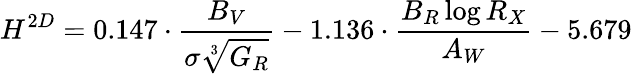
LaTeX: {H^{2D}=0.147\cdot\frac{B_{V}}{\sigma\sqrt[3]{G_{R}}}-1.136\cdot\frac{B_{R}\log{R_{X}}}{A_{W}}-5.679}